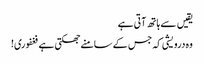
یقیں سے ہاتھ آتی ہے
وہ درویشی کہ جس کے سامنے جھکتی ہے فغفوری!